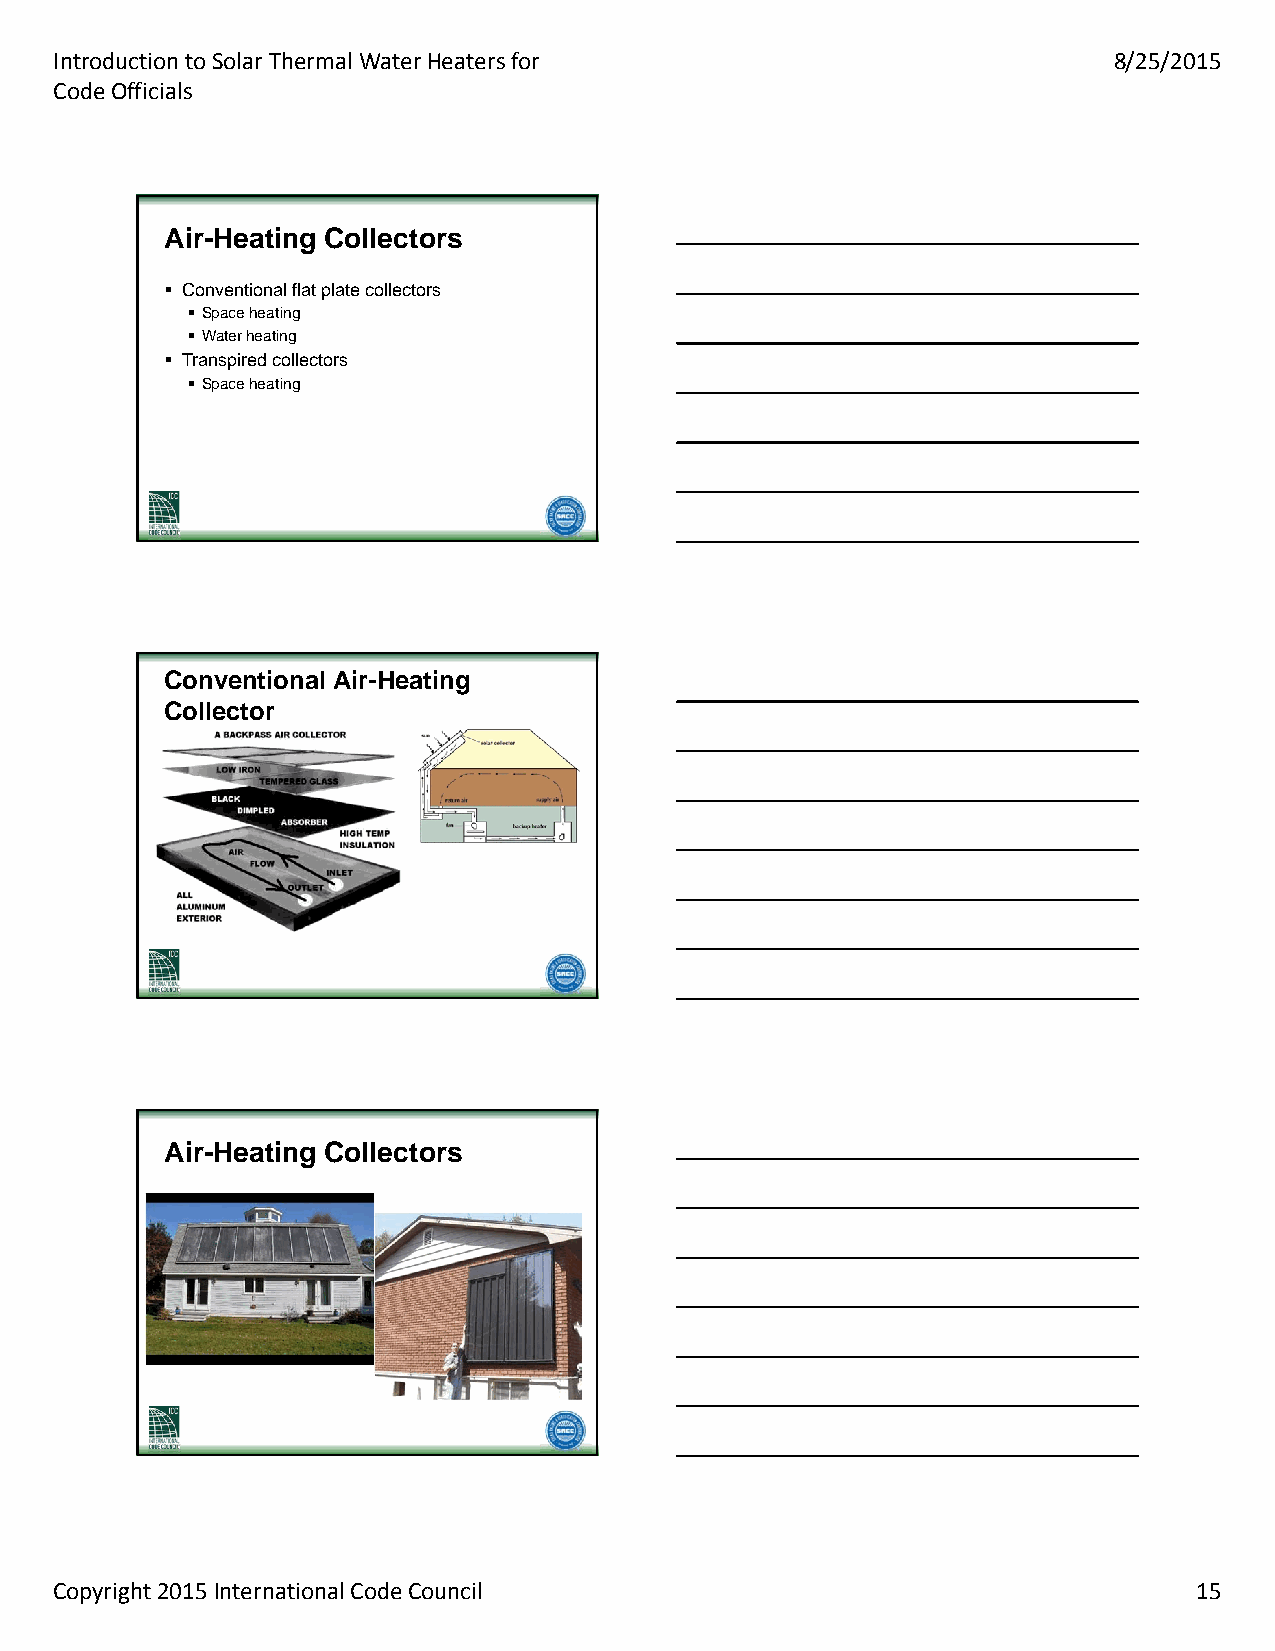
Introduction to Solar Thermal Water Heaters for                       8/25/2015
 Code Officials
 AAiirr--HHeeaattiinngg CCoolllleeccttoorrss
  Conventional flat plate collectors
  Space heating
  Water heating
  Transpired collectors
  Space heating
 CCoonnvveennttiioonnaall AAiirr--HHeeaattiinngg
 CCoolllleeccttoorr
 AAiirr--HHeeaattiinngg CCoolllleeccttoorrss
 Copyright 2015 International Code Council                                  15